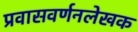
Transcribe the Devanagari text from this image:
प्रवासवर्णनलेखक